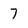
Character: 7